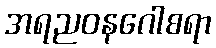
အရညဝနဂေါစရာ